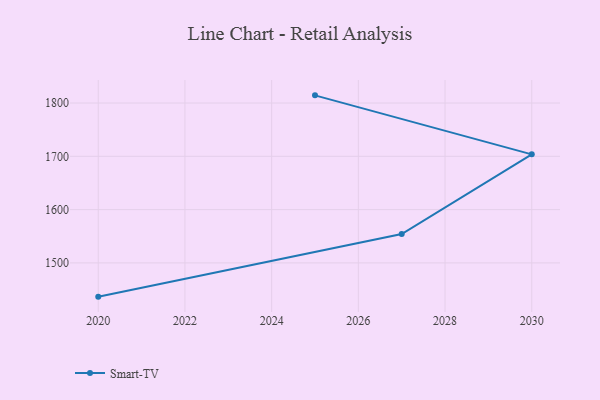
{"axis": {"x": "Year", "y": "Inventory Turnover"}, "legend": ["Smart-TV"], "data": [{"x": "2025", "y": 1814.4, "type": "Smart-TV"}, {"x": "2030", "y": 1703.7, "type": "Smart-TV"}, {"x": "2027", "y": 1554.2, "type": "Smart-TV"}, {"x": "2020", "y": 1436.7, "type": "Smart-TV"}]}